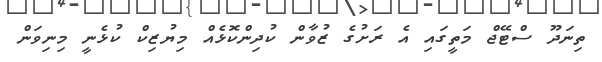
ތިނަދޫ ސްޓޭޖް މަތީގައި އެ ރަށުގެ ޒުވާން ކުދިންކޮޅެއް މިޔުޒިކް ކުޅެނީ މިނިވަން